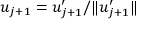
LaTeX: u _ { j + 1 } = u _ { j + 1 } ^ { \prime } / \| u _ { j + 1 } ^ { \prime } \|